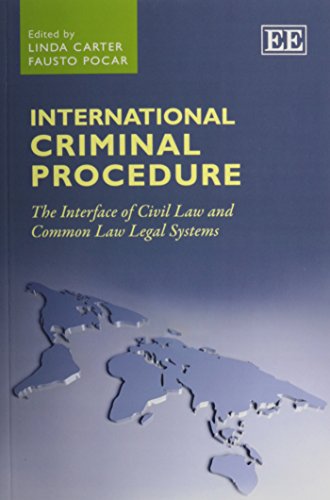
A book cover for International Criminal Procedure: The Interface of Civil Law and Common Law Legal Systems; Fausto Pocar; Law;